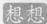
想想